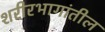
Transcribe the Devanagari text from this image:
शरीरभागांतील